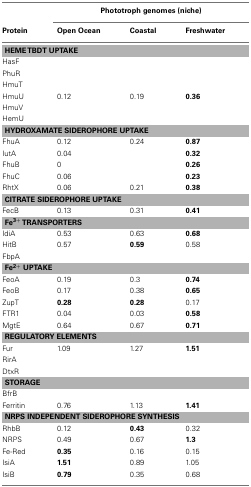
<table><thead><tr><td></td><td colspan="3"><b>Phototroph genomes (niche)</b></td></tr><tr><td><b>Protein</b></td><td><b>Open Ocean</b></td><td><b>Coastal</b></td><td><b>Freshwater</b></td></tr></thead><tbody><tr><td colspan="4"><b>HEME TBDT UPTAKE</b></td></tr><tr><td>HasF</td><td></td><td></td><td></td></tr><tr><td>PhuR</td><td></td><td></td><td></td></tr><tr><td>HmuT</td><td></td><td></td><td></td></tr><tr><td>HmuU</td><td>0.12</td><td>0.19</td><td><b>0.36</b></td></tr><tr><td>HmuV</td><td></td><td></td><td></td></tr><tr><td>HemU</td><td></td><td></td><td></td></tr><tr><td colspan="4"><b>HYDROXAMATE SIDEROPHORE UPTAKE</b></td></tr><tr><td>FhuA</td><td>0.12</td><td>0.24</td><td><b>0.87</b></td></tr><tr><td>IutA</td><td>0.04</td><td></td><td><b>0.32</b></td></tr><tr><td>FhuB</td><td>0</td><td></td><td><b>0.26</b></td></tr><tr><td>FhuC</td><td>0.06</td><td></td><td><b>0.23</b></td></tr><tr><td>RhtX</td><td>0.06</td><td>0.21</td><td><b>0.38</b></td></tr><tr><td colspan="4"><b>CITRATE SIDEROPHORE UPTAKE</b></td></tr><tr><td>FecB</td><td>0.13</td><td>0.31</td><td><b>0.41</b></td></tr><tr><td colspan="4"><b>Fe<sup>3+</sup> TRANSPORTERS</b></td></tr><tr><td>IdiA</td><td>0.53</td><td>0.63</td><td><b>0.68</b></td></tr><tr><td>HitB</td><td>0.57</td><td><b>0.59</b></td><td>0.58</td></tr><tr><td>FbpA</td><td></td><td></td><td></td></tr><tr><td colspan="4"><b>Fe<sup>2+</sup> UPTAKE</b></td></tr><tr><td>FeoA</td><td>0.19</td><td>0.3</td><td><b>0.74</b></td></tr><tr><td>FeoB</td><td>0.17</td><td>0.38</td><td><b>0.65</b></td></tr><tr><td>ZupT</td><td><b>0.28</b></td><td><b>0.28</b></td><td>0.17</td></tr><tr><td>FTR1</td><td>0.04</td><td>0.03</td><td><b>0.58</b></td></tr><tr><td>MgtE</td><td>0.64</td><td>0.67</td><td><b>0.71</b></td></tr><tr><td colspan="4"><b>REGULATORY ELEMENTS</b></td></tr><tr><td>Fur</td><td>1.09</td><td>1.27</td><td><b>1.51</b></td></tr><tr><td>RirA</td><td></td><td></td><td></td></tr><tr><td>DtxR</td><td></td><td></td><td></td></tr><tr><td colspan="4"><b>STORAGE</b></td></tr><tr><td>BfrB</td><td></td><td></td><td></td></tr><tr><td>Ferritin</td><td>0.76</td><td>1.13</td><td><b>1.41</b></td></tr><tr><td colspan="4"><b>NRPS INDEPENDENT SIDEROPHORE SYNTHESIS</b></td></tr><tr><td>RhbB</td><td>0.12</td><td><b>0.43</b></td><td>0.32</td></tr><tr><td>NRPS</td><td>0.49</td><td>0.67</td><td><b>1.3</b></td></tr><tr><td>Fe-Red</td><td><b>0.35</b></td><td>0.16</td><td>0.15</td></tr><tr><td>IsiA</td><td><b>1.51</b></td><td>0.89</td><td>1.05</td></tr><tr><td>IsiB</td><td><b>0.79</b></td><td>0.35</td><td>0.68</td></tr></tbody></table>